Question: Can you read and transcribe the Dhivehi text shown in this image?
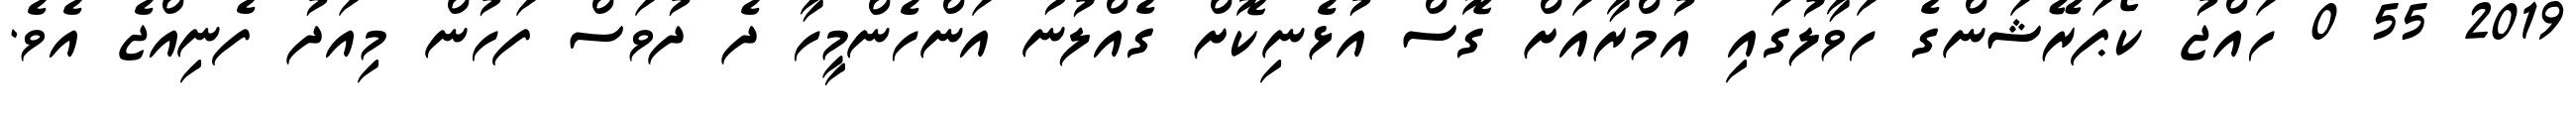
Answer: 2019 55 0 ހައްޖު ކޯޕަރޭޝަންގެ ހަވާލުގައި އުމްރާއަށް ގޮސް އުޅެނިކޮށް ގެއްލުނު އަންހެންމީހާ ދެ ދުވަސް ފަހުން މިއަދު ފެނިއްޖެ އެވެ.